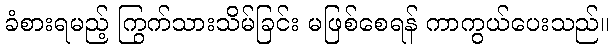
ခံစားရမည့် ကြွက်သားသိမ်ခြင်း မဖြစ်စေရန် ကာကွယ်ပေးသည်။